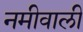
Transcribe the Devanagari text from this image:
नमीवाली